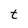
Character: t